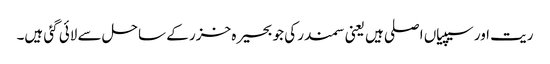
ریت اور سیپیاں اصلی ہیں یعنی سمندر کی جو بحیرہ خزر کے ساحل سے لائی گئی ہیں۔